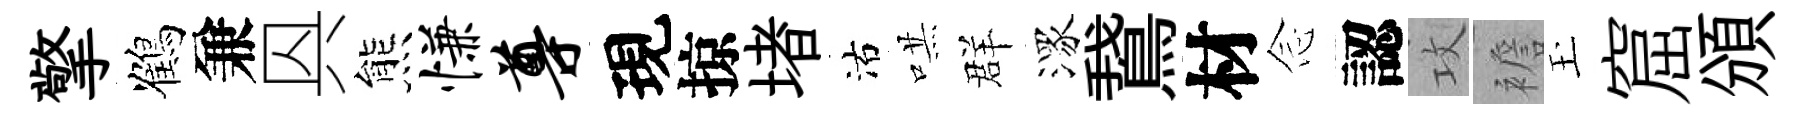
擎鶴兼㒷熊慊尊現掠堵沽哄群潈鵞材𫝹認攻襜玉窟頒